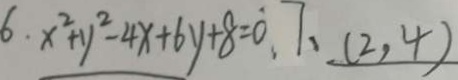
6 \cdot x ^ { 2 } + y ^ { 2 } - 4 x + 6 y + 8 = \dot { 0 } . 7 , ( 2 , 4 )